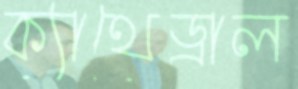
ক্যাথেড্রাল